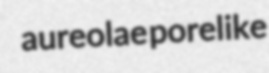
aureolae porelike